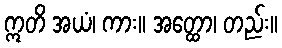
ဣတိ အယံ၊ ကား။ အတ္ထော၊ တည်း။